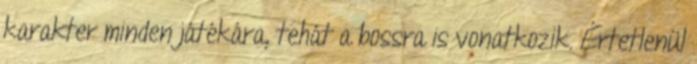
karakter minden játékára, tehát a bossra is vonatkozik. Értetlenül